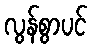
လွန်စွာပင်